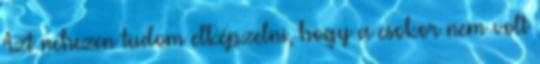
Azt nehezen tudom elképzelni, hogy a csokor nem volt